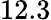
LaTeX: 12.3